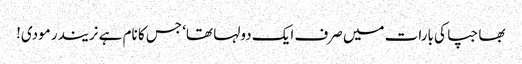
بھاجپا کی بارات میں صرف ایک دولہا تھا‘ جس کا نام ہے نریندر مودی!